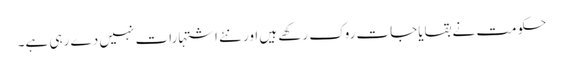
حکومت نے بقایاجات روک رکھے ہیں اور نئے اشتہارات نہیں دے رہی ہے۔